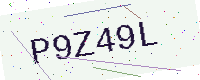
Text: P9Z49L